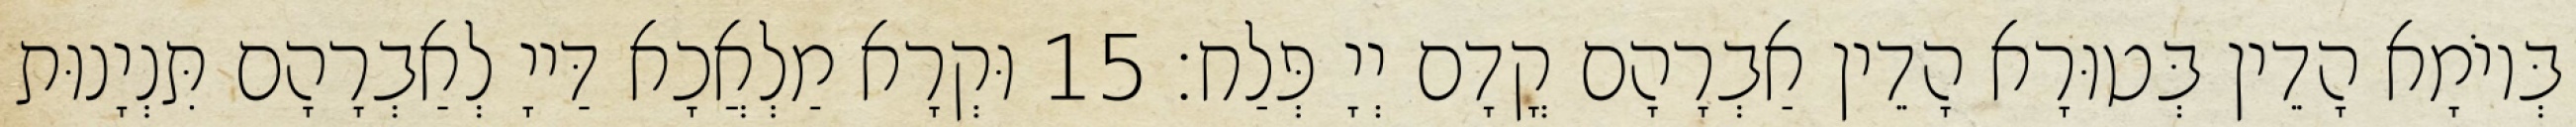
בְּיוֹמָא הָדֵין בְּטוּרָא הָדֵין אַבְרָהָם קֳדָם יְיָ פְּלַח׃ 15 וּקְרָא מַלְאֲכָא דַּייָ לְאַבְרָהָם תִּנְיָנוּת